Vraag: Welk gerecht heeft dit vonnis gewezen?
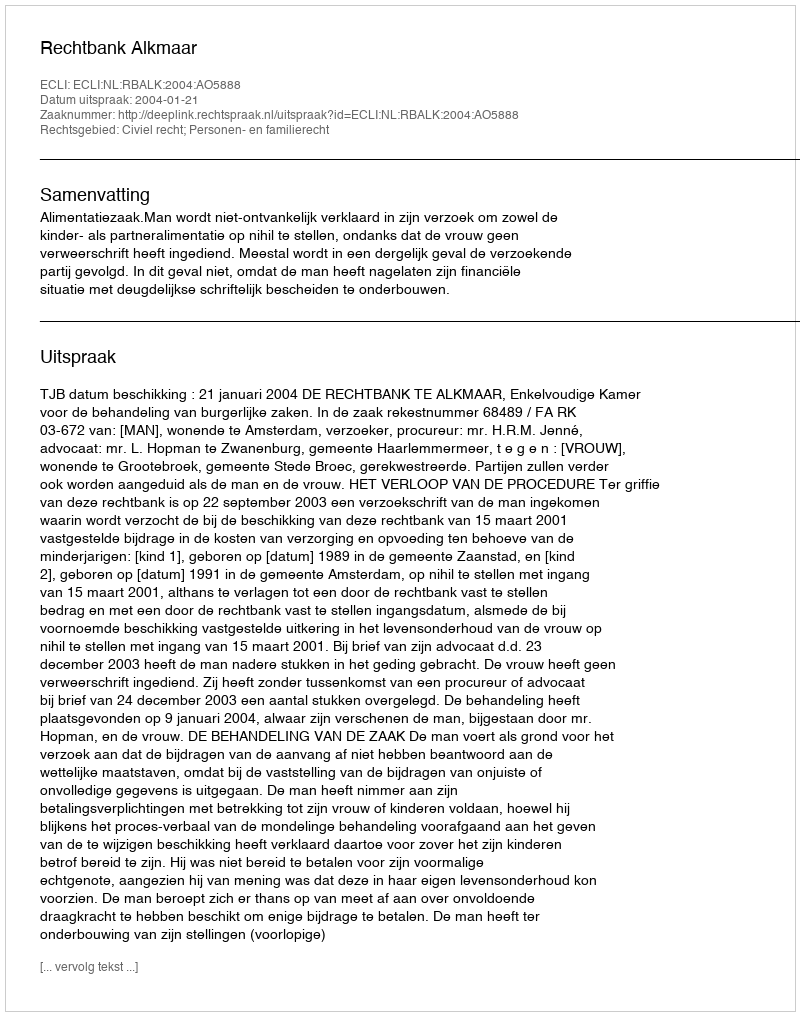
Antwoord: Rechtbank Alkmaar